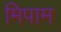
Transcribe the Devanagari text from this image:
मिपाम